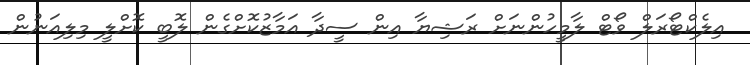
އިލެކްޓޯރަލް ވޯޓް ލާމީހުންނަށް ރަޝިޔާ އިން ސީދާ އަމާޒުކޮށްގެން ލޮބީ ކޮށްލީ މިލިއަނުން